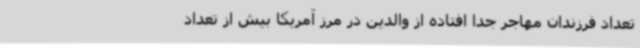
تعداد فرزندان مهاجر جدا افتاده از والدین در مرز آمریکا بیش از تعداد